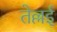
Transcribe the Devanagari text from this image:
तेल्लई